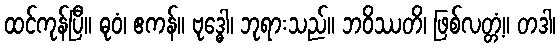
ထင်ကုန်ပြီ။ ဓုဝံ၊ ဧကန်။ ဗုဒ္ဓေါ၊ ဘုရားသည်။ ဘဝိဿတိ၊ ဖြစ်လတ္တံ့။ တဒါ၊